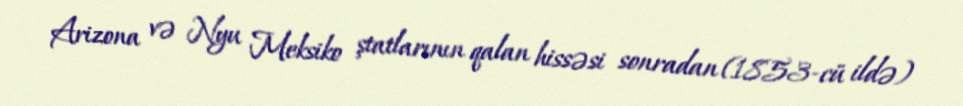
Arizona və Nyu Meksiko ştatlarının qalan hissəsi sonradan (1853-cü ildə)